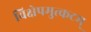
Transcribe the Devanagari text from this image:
विक्षेपमुत्कटम्